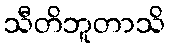
သီတိဘူတာသိ